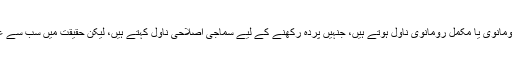
خواتین میں مقبول زیادہ تر ناول نیم رومانوی یا مکمل رومانوی ناول ہوتے ہیں، جنہیں پردہ رکھنے کے لیے سماجی اصلاحی ناول کہتے ہیں، لیکن حقیقت میں سب سے عظیم مسئلہ ہیروئن کی شادی ہوتا ہے۔